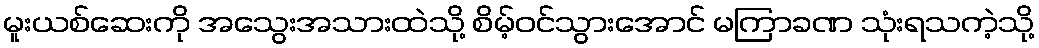
မူးယစ်ဆေးကို အသွေးအသားထဲသို့ စိမ့်ဝင်သွားအောင် မကြာခဏ သုံးရသကဲ့သို့